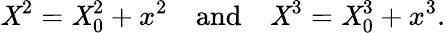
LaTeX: \mathit{X}^{2}=\mathit{X}_{0}^{2}+x^{2}\ \ \ \ \mathrm{{and}}\ \ \ \ \mathit{X}^{3}=\mathit{X}_{0}^{3}+x^{3}.